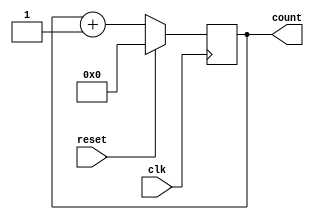
module free_run_counter
  #(
    parameter WIDTH = 32
    )
  (
   input wire             clk,
   input wire             reset,
   output reg [WIDTH-1:0] count
   );

  localparam TRUE = 1'b1;
  localparam FALSE = 1'b0;
  localparam ONE = 1'd1;
  localparam ZERO = 1'd0;

  always @(posedge clk)
    begin
      if (reset == TRUE)
        begin
          count <= ZERO;
        end
      else
        begin
          count <= count + ONE;
        end
    end

endmodule